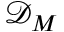
\mathcal { D } _ { M }